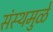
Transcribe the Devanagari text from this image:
संस्थमुळे